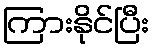
ကြားနိုင်ပြီး